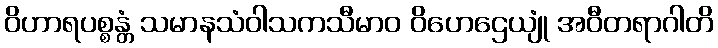
ဝိဟာရပစ္စန္တံ သမာနသံဝါသကသီမာဝ ဝိဟေဌေယျုံ အဝီတရာဂါတိ